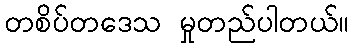
တစိပ်တဒေသ မှုတည်ပါတယ်။